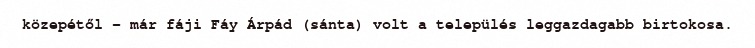
közepétől - már fáji Fáy Árpád (sánta) volt a település leggazdagabb birtokosa.